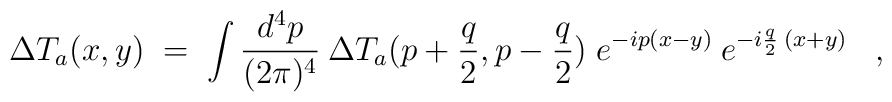
\Delta T_a(x,y) \;=\; \int \frac{d^4p}{(2 \pi)^4} \: \Delta         T_a(p+\frac{q}{2}, p-\frac{q}{2}) \; e^{-ip(x-y)} \:         e^{-i \frac{q}{2} \:(x+y)} \;\;\; ,